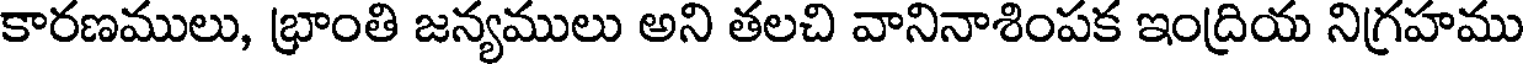
కారణములు, భ్రాంతి జన్యములు అని తలచి వానినాశింపక ఇంద్రియ నిగ్రహము